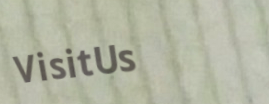
VisitUs